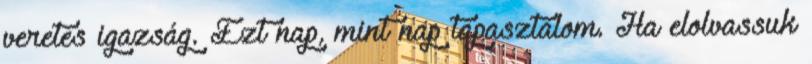
veretes igazság. Ezt nap, mint nap tapasztalom. Ha elolvassuk